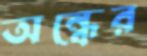
অন্ধের